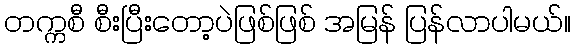
တက္ကစီ စီးပြီးတော့ပဲဖြစ်ဖြစ် အမြန် ပြန်လာပါမယ်။